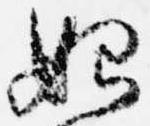
始